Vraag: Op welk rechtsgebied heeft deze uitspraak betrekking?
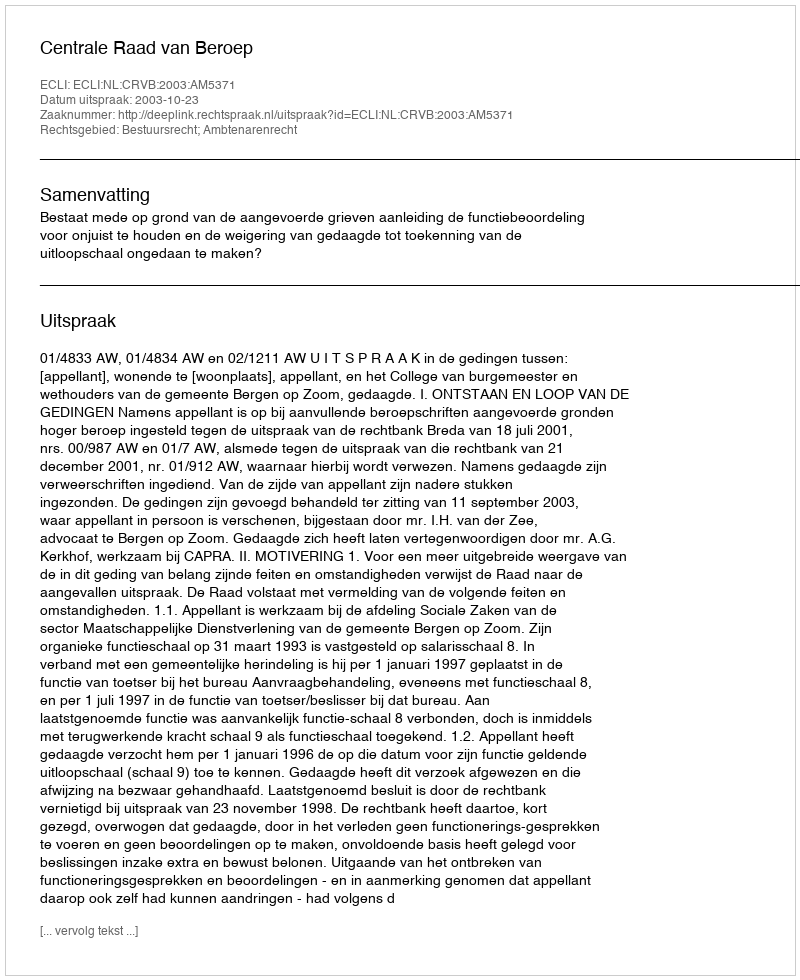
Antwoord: Bestuursrecht; Ambtenarenrecht